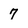
Character: 7